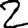
Digit: 2